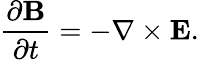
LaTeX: {\frac{\partial\mathbf{B}}{\partial t}}=-\nabla\times\mathbf{E}.